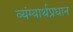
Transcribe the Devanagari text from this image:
व्यंग्यार्थप्रधान